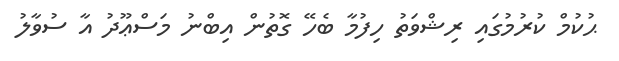
ޙުކުމް ކުރުމުގައި ރިޝްވަތު ހިފުމާ ބެހޭ ގޮތުން އިބްނު މަސްޢޫދު އާ ސުވާލު